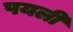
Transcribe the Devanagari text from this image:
पयली